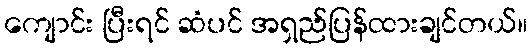
ကျောင်း ပြီးရင် ဆံပင် အရှည်ပြန်ထားချင်တယ်။